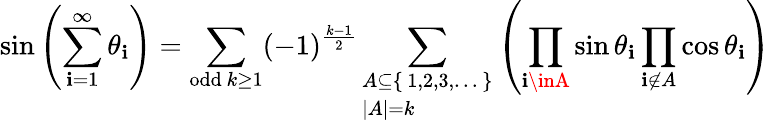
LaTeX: \sin\left(\sum_{\mathbf{i}=1}^{\infty}\theta_{\mathbf{i}}\right)=\sum_{{\mathrm{{odd}}}\ k\geq1}(-1)^{\frac{{k-1}}{{2}}}\sum_{\begin{array}{l}{A\subseteq\{ \, 1,2,3,\dots\, \} }\\ {\left|A\right|=k}\end{array}}\left(\prod_{\mathbf{i}\inA}\sin\theta_{\mathbf{i}}\prod_{\mathbf{i}\not{\in}A}\cos\theta_{\mathbf{i}}\right)